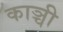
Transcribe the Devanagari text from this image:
काञ्ची